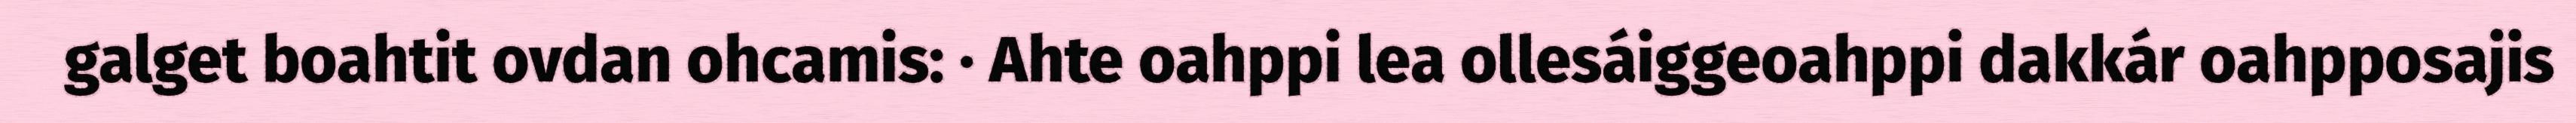
galget boahtit ovdan ohcamis: · Ahte oahppi lea ollesáiggeoahppi dakkár oahpposajis